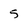
Character: 5